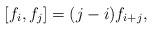
LaTeX: \begin{align*}[f_i,f_j]=(j-i)f_{i+j},\end{align*}